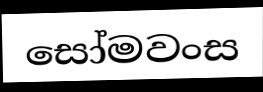
සෝමවංස